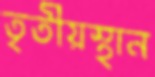
তৃতীয়স্থান